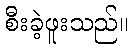
စီးခဲ့ဖူးသည်။